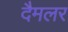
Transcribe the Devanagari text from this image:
दैमलर